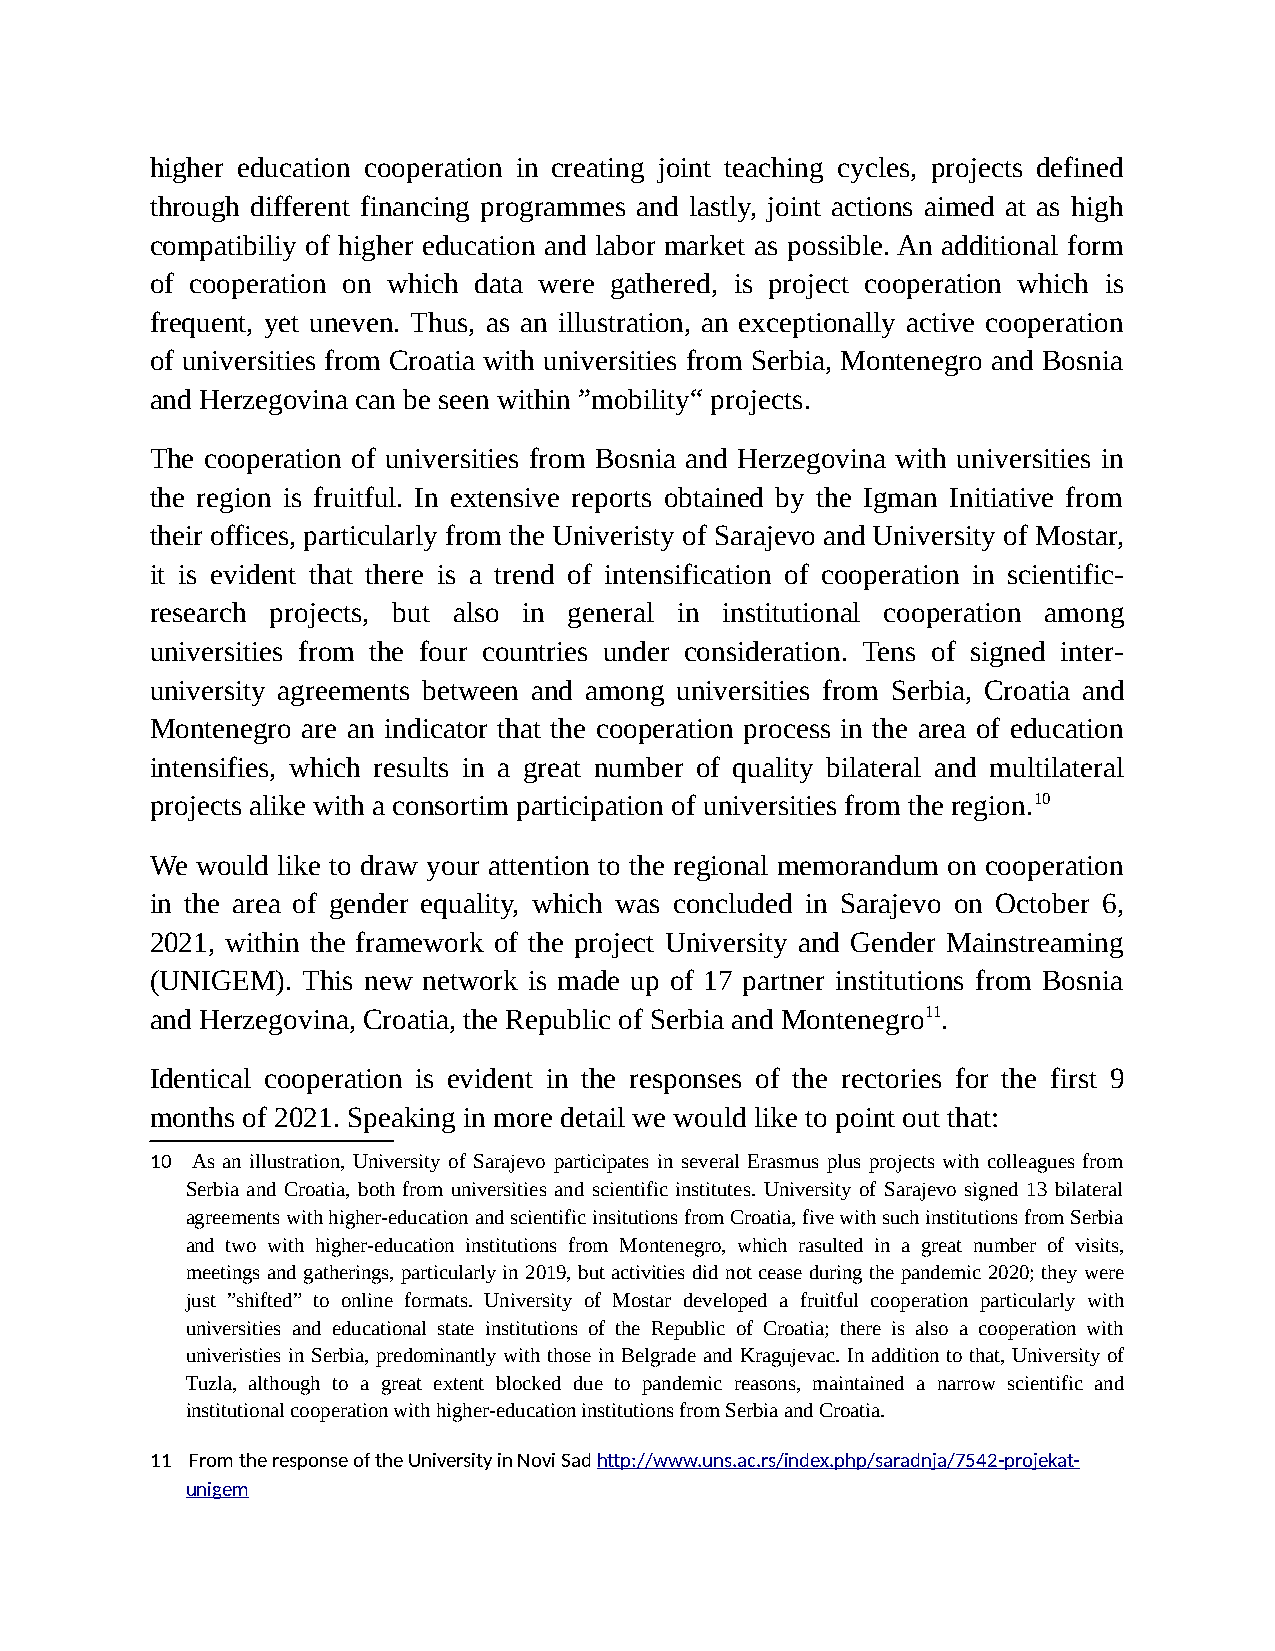
higher education cooperation in creating joint teaching cycles, projects defined
 through different financing programmes and lastly, joint actions aimed at as high
 compatibiliy of higher education and labor market as possible. An additional form
 of cooperation on which data were gathered, is project cooperation which is
 frequent, yet uneven. Thus, as an illustration, an exceptionally active cooperation
 of universities from Croatia with universities from Serbia, Montenegro and Bosnia
 and Herzegovina can be seen within ”mobility“ projects.
 The cooperation of universities from Bosnia and Herzegovina with universities in
 the region is fruitful. In extensive reports obtained by the Igman Initiative from
 their offices, particularly from the Univeristy of Sarajevo and University of Mostar,
 it is evident that there is a trend of intensification of cooperation in scientific-
 research projects, but also in general in institutional cooperation among
 universities from the four countries under consideration. Tens of signed inter-
 university agreements between and among universities from Serbia, Croatia and
 Montenegro are an indicator that the cooperation process in the area of education
 intensifies, which results in a great number of quality bilateral and multilateral
 projects alike with a consortim participation of universities from the region.10
 We would like to draw your attention to the regional memorandum on cooperation
 in the area of gender equality, which was concluded in Sarajevo on October 6,
 2021, within the framework of the project University and Gender Mainstreaming
 (UNIGEM). This new network is made up of 17 partner institutions from Bosnia
 and Herzegovina, Croatia, the Republic of Serbia and Montenegro11.
 Identical cooperation is evident in the responses of the rectories for the first 9
 months of 2021. Speaking in more detail we would like to point out that:
 10 As an illustration, University of Sarajevo participates in several Erasmus plus projects with colleagues from
 Serbia and Croatia, both from universities and scientific institutes. University of Sarajevo signed 13 bilateral
 agreements with higher-education and scientific insitutions from Croatia, five with such institutions from Serbia
 and two with higher-education institutions from Montenegro, which rasulted in a great number of visits,
 meetings and gatherings, particularly in 2019, but activities did not cease during the pandemic 2020; they were
 just ”shifted” to online formats. University of Mostar developed a fruitful cooperation particularly with
 universities and educational state institutions of the Republic of Croatia; there is also a cooperation with
 univeristies in Serbia, predominantly with those in Belgrade and Kragujevac. In addition to that, University of
 Tuzla, although to a great extent blocked due to pandemic reasons, maintained a narrow scientific and
 institutional cooperation with higher-education institutions from Serbia and Croatia.
 11 From the response of the University in Novi Sad http://www.uns.ac.rs/index.php/saradnja/7542-projekat-
 unigem